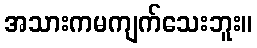
အသားကမကျက်သေးဘူး။